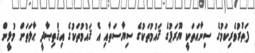
ފަތުރުވެރިކަމުގެ ސިނާއަތަކީ ޔޫރަޕުގެ ޤައުމުތަކުގެ ސިޔާސަތާއި އެ ޤައުމުތަކުގެ އިޤްތިޞާދީ ޙާލަތަށް މުޅީން